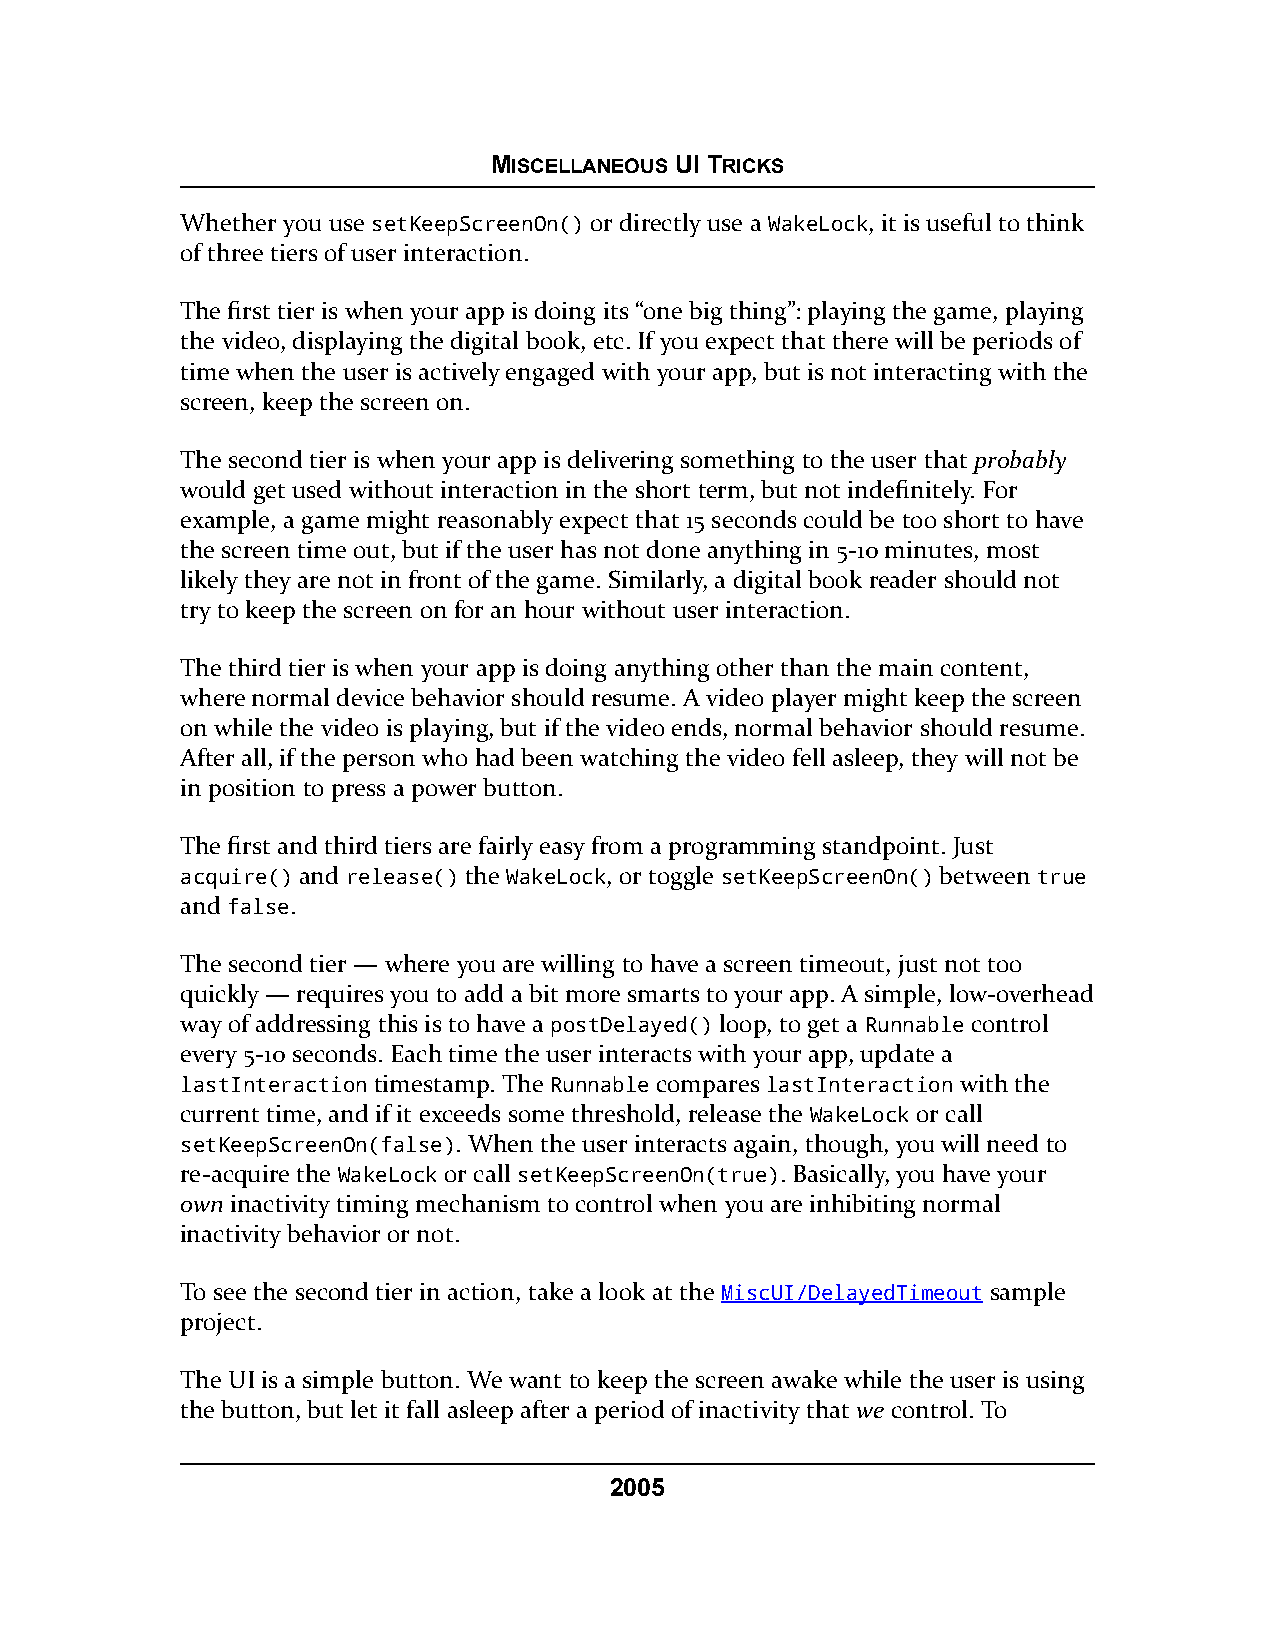
MISCELLANEOUS UI TRICKS
 Whether you use setKeepScreenOn() or directly use a WakeLock, it is useful to think
 of three tiers of user interaction.
 The first tier is when your app is doing its “one big thing”: playing the game, playing
 the video, displaying the digital book, etc. If you expect that there will be periods of
 time when the user is actively engaged with your app, but is not interacting with the
 screen, keep the screen on.
 The second tier is when your app is delivering something to the user that probably
 would get used without interaction in the short term, but not indefinitely. For
 example, a game might reasonably expect that 15 seconds could be too short to have
 the screen time out, but if the user has not done anything in 5-10 minutes, most
 likely they are not in front of the game. Similarly, a digital book reader should not
 try to keep the screen on for an hour without user interaction.
 The third tier is when your app is doing anything other than the main content,
 where normal device behavior should resume. A video player might keep the screen
 on while the video is playing, but if the video ends, normal behavior should resume.
 After all, if the person who had been watching the video fell asleep, they will not be
 in position to press a power button.
 The first and third tiers are fairly easy from a programming standpoint. Just
 acquire() and release() the WakeLock, or toggle setKeepScreenOn() between true
 and false.
 The second tier — where you are willing to have a screen timeout, just not too
 quickly — requires you to add a bit more smarts to your app. A simple, low-overhead
 way of addressing this is to have a postDelayed() loop, to get a Runnable control
 every 5-10 seconds. Each time the user interacts with your app, update a
 lastInteraction timestamp. The Runnable compares lastInteraction with the
 current time, and if it exceeds some threshold, release the WakeLock or call
 setKeepScreenOn(false). When the user interacts again, though, you will need to
 re-acquire the WakeLock or call setKeepScreenOn(true). Basically, you have your
 own inactivity timing mechanism to control when you are inhibiting normal
 inactivity behavior or not.
 To see the second tier in action, take a look at the MiscUI/DelayedTimeout sample
 project.
 The UI is a simple button. We want to keep the screen awake while the user is using
 the button, but let it fall asleep after a period of inactivity that we control. To
 2005